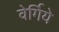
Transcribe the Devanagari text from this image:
वेर्गिये